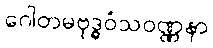
ဂေါတမဗုဒ္ဓဝံသဝဏ္ဏနာ